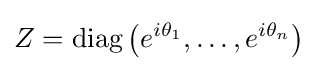
Z=\operatorname {diag} \left(e^{i\theta _{1}},\ldots ,e^{i\theta _{n}}\right)